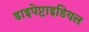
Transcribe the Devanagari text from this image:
डाइपेप्टाइडियल